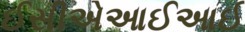
ઈસીએઆઈઆઈ